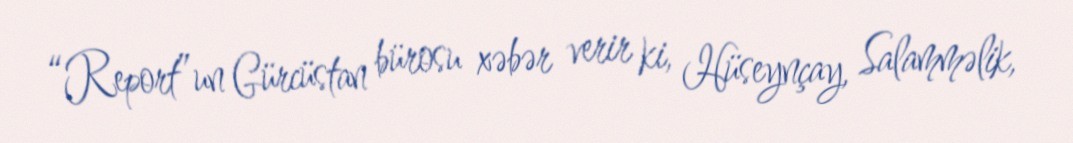
“Report”un Gürcüstan bürosu xəbər verir ki, Hüseynçay, Salamməlik,